Vaimela_(Pragi)_vallavalitsus, lk 6
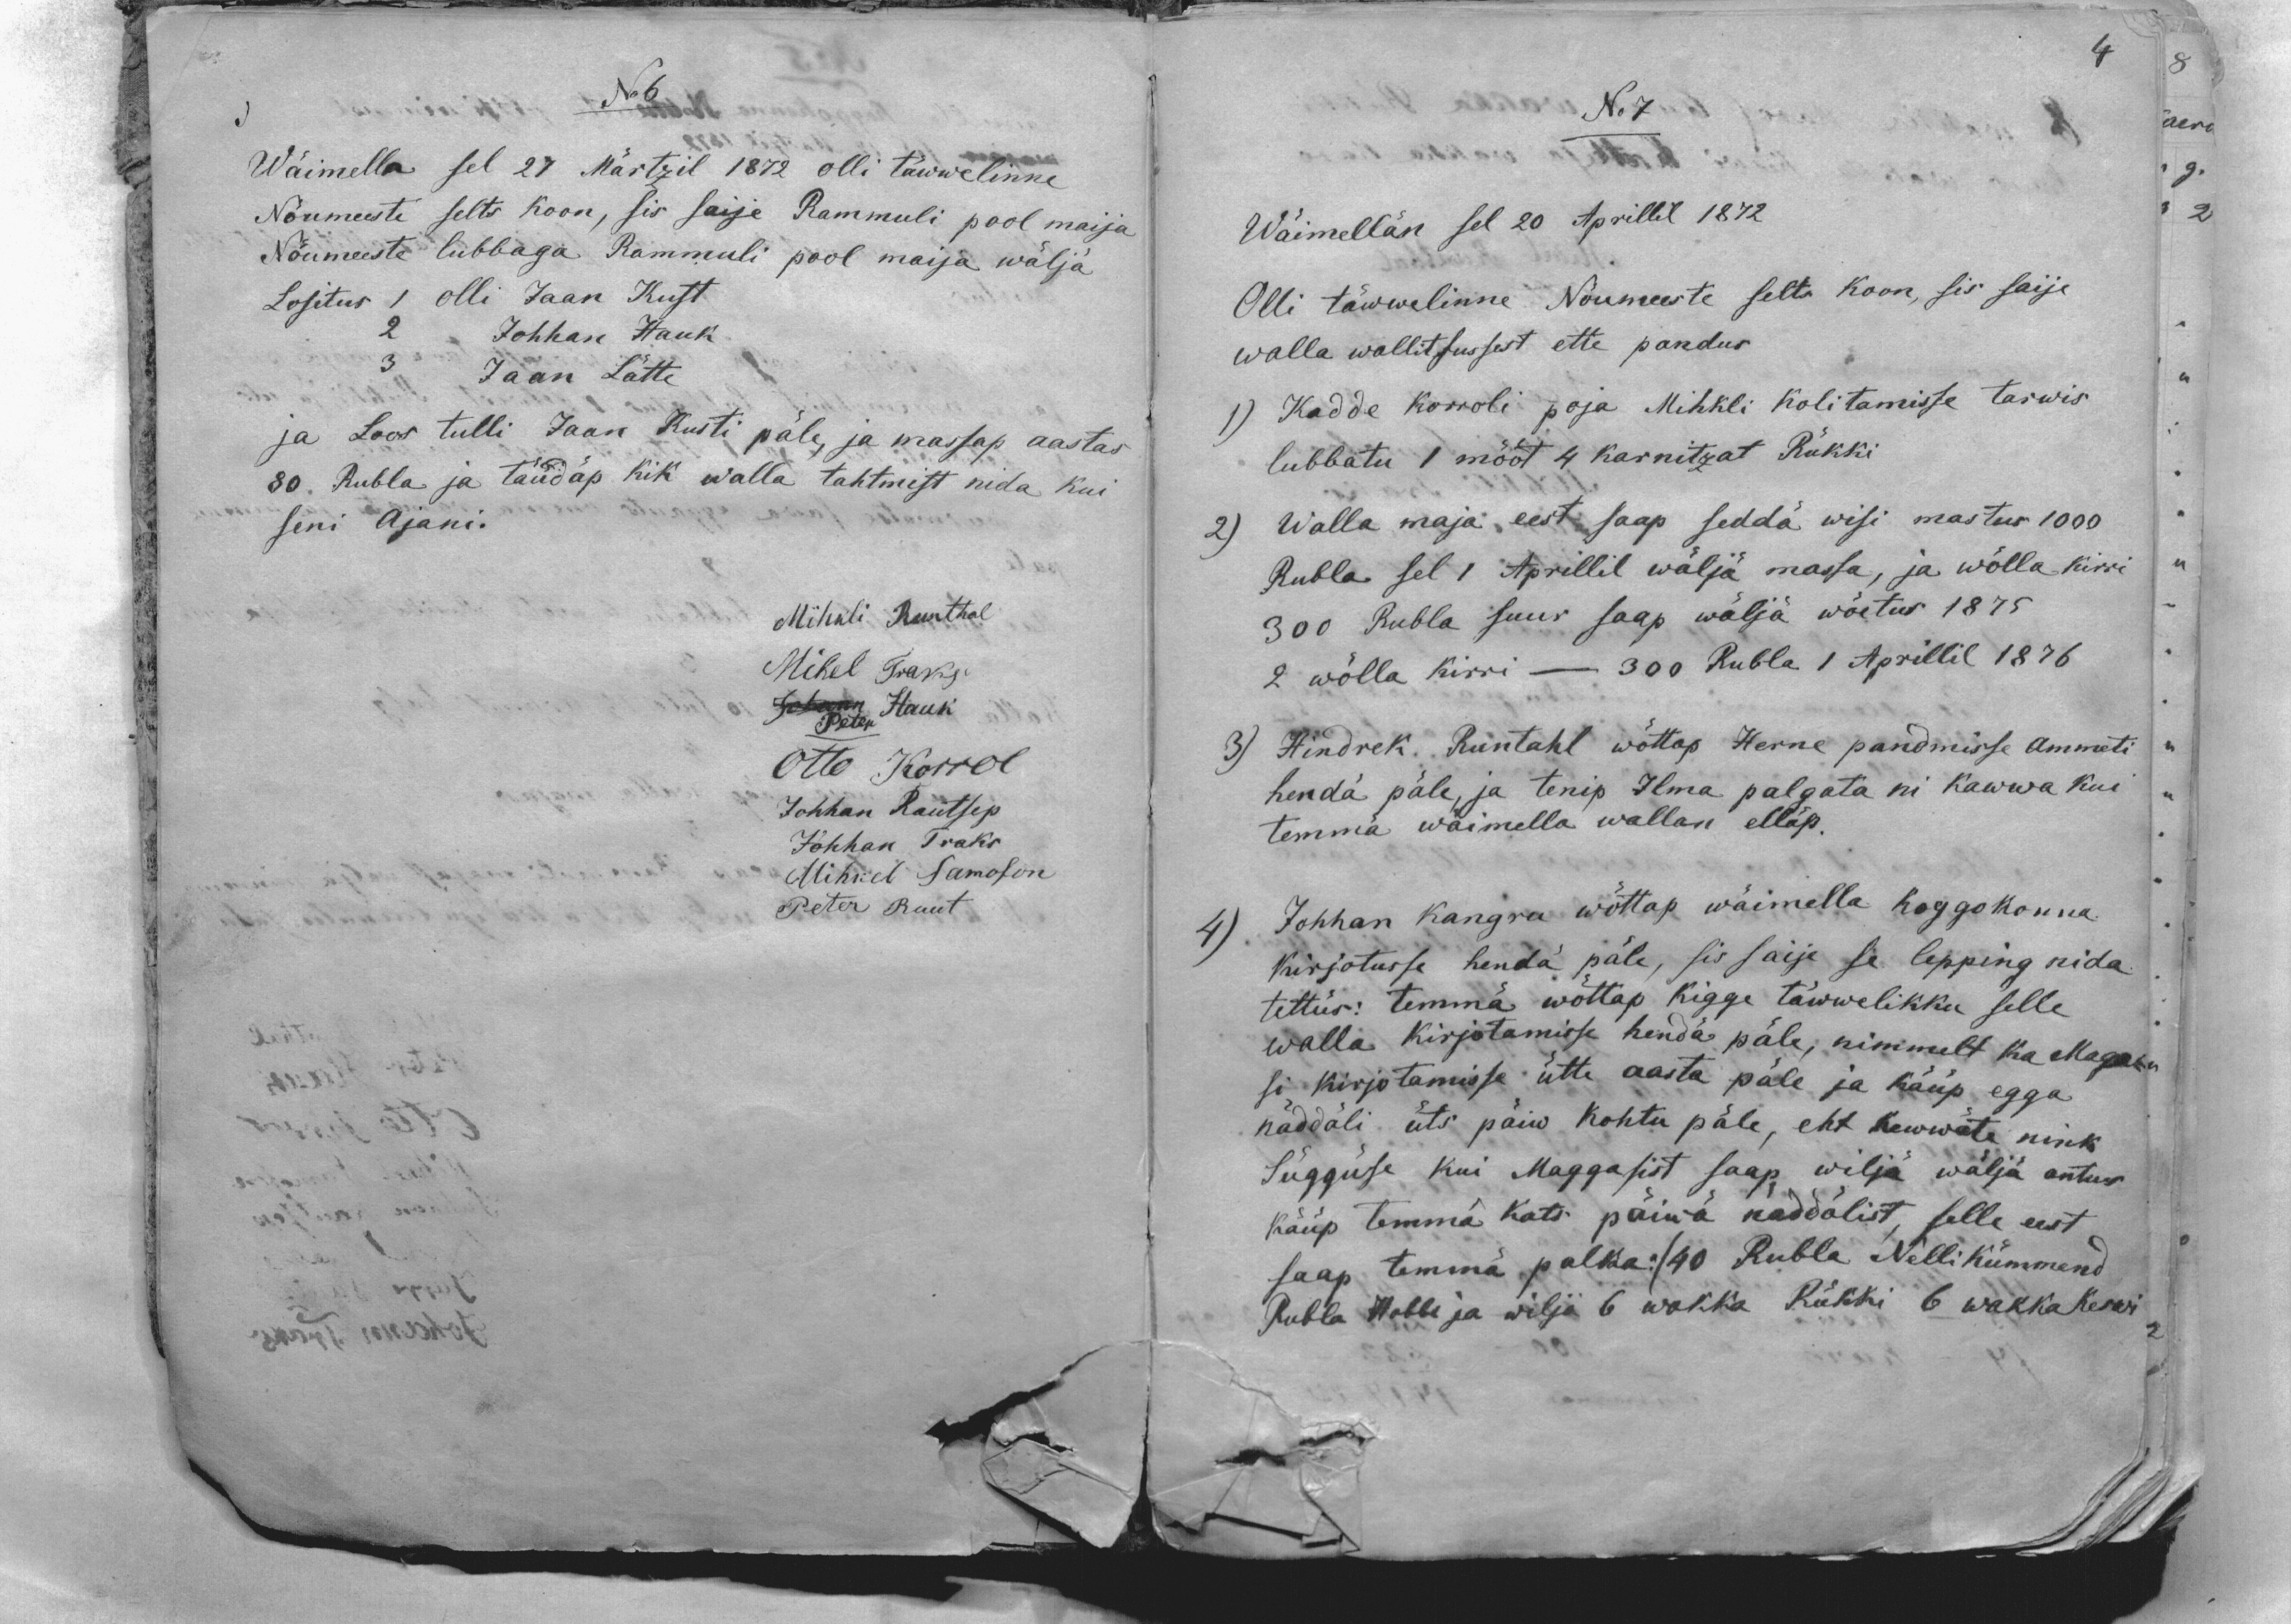
No 6
Wäimella sel 27 Märtzil 1872 olli täwwelinne
Nõumeeste selts koon, sis saije Rammuli pool maija
Nõumeeste lubbaga Rammuli pool maija wälja
Lositus, 1 olli Jaan Kust
2
Johhan Hauk
3
Jaan Lätte
ja Loos tulli Jaan Kusti päle, ja massap aastas
80. Rubla ja täüdäp kik walla tahtmist nida kui
seni Ajani.
Mihkli Runthal
Mihel Traks
Johann Hauk
Peter
Otto Korrol
Johhan Rautsep
Johhan Traks
Mihkel Samofon
Peter Ruut

4
No 7
Wäimellän sel 20 Aprillil 1872
Olli täwwelinne Nõumeeste selts koon, sis saije
walla wallitsussest ette pandus
1) Kadde Korroli poja Mihkli kolitamisse tarwis
lubbatu 1 mõõt 4 karnitzat Rükki
2) Walla maja eest saap seddä wisi mastus 1000
Rubla sel 1 Aprillil wäljä massa, ja wõlla kirri
300 Rubla suur saap wälja wõetus 1875
2 wõlla kirri - 300 Rubla 1 Aprillil 1876
3) Hindrek Runtahl wõttap Herne pandmisse Ammeti
hendä päle, ja tenip Ilma palgata nii kawwa kui
temma wäimella wallan elläp.
4) Johhan Kangru wõttap wäimella koggokonna
kirjotusse hendä päle, sis saije se lepping nida
tettüs: temma wõttap kigge täwwelikku selle
walla kirjotamisse hendä päle, nimmelt ka Maga-
si kirjotamisse ütte aasta päle ja käüp egga
näddäli üts päiw kohtu päle, ehk kewwate nink
süggüse kui Maggasist saap wiljä wäljä antus
käüp temma kats päiwä näddälist, selle eest
saap temma palka 40 Rubla. Nelli kümmend
Rubla Hobbe ja wilja 6 wakka Rükki 6 waka Keswi